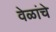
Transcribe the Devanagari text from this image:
वेळांचे